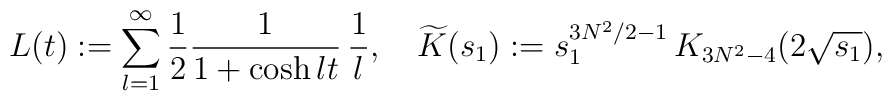
L(t):=\sum_{l=1}^\infty \frac{1}{2} \frac{1}{1+\cosh lt}\, \frac{1}{l},\quad\widetilde{K}(s_1):=s_1^{3N^2/2-1}\, K_{3N^2-4}(2\sqrt{s_1}),